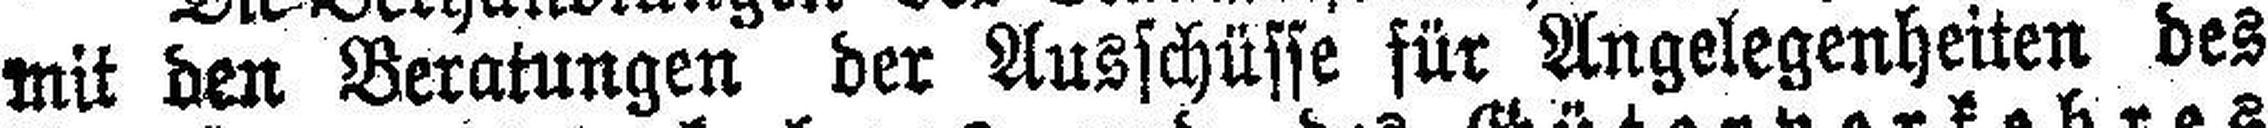
mit den Beratungen der Ausschüsse für Angelegenheiten des